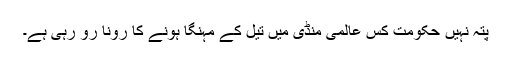
پتہ نہیں حکومت کس عالمی منڈی میں تیل کے مہنگا ہونے کا رونا رو رہی ہے۔